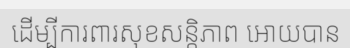
ដើម្បីការពារសុខសន្តិភាព អោយបាន